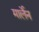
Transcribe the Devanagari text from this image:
मार्लेन